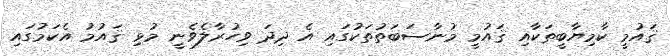
ޤައުމީ ކާމިޔާބީތަކާއި ޤައުމީ މުނާސަބަތުތަކުގައި އެ ދިދަ ވިހުރާލެވެނީ މުޅި ޤައުމު އެކަމުގައި